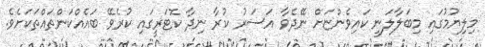
މިލިޔުމުގައި މިބަލާލަނީ ކައިވެންޏަށް ނޭދެވާ އަސަރު ކުރާ ނިދާ ކޮޓަރީގައި ކުރެވޭ ބައެއްކަންތައްތަކަށެވެ.